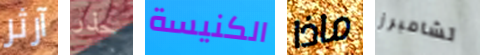
آرثر حذر الكنيسة ماذا تشامبرز